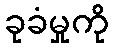
ခုခံမှုကို